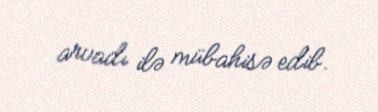
arvadı ilə mübahisə edib.